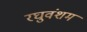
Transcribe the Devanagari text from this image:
रघुवंशम